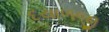
દયાળજી